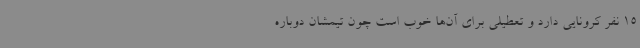
15 نفر کرونایی دارد و تعطیلی برای آن‌ها خوب است چون تیمشان دوباره